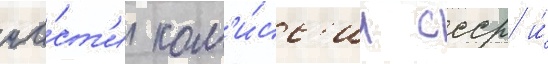
ча́ст'и ком'и́сс'ии ссср и́